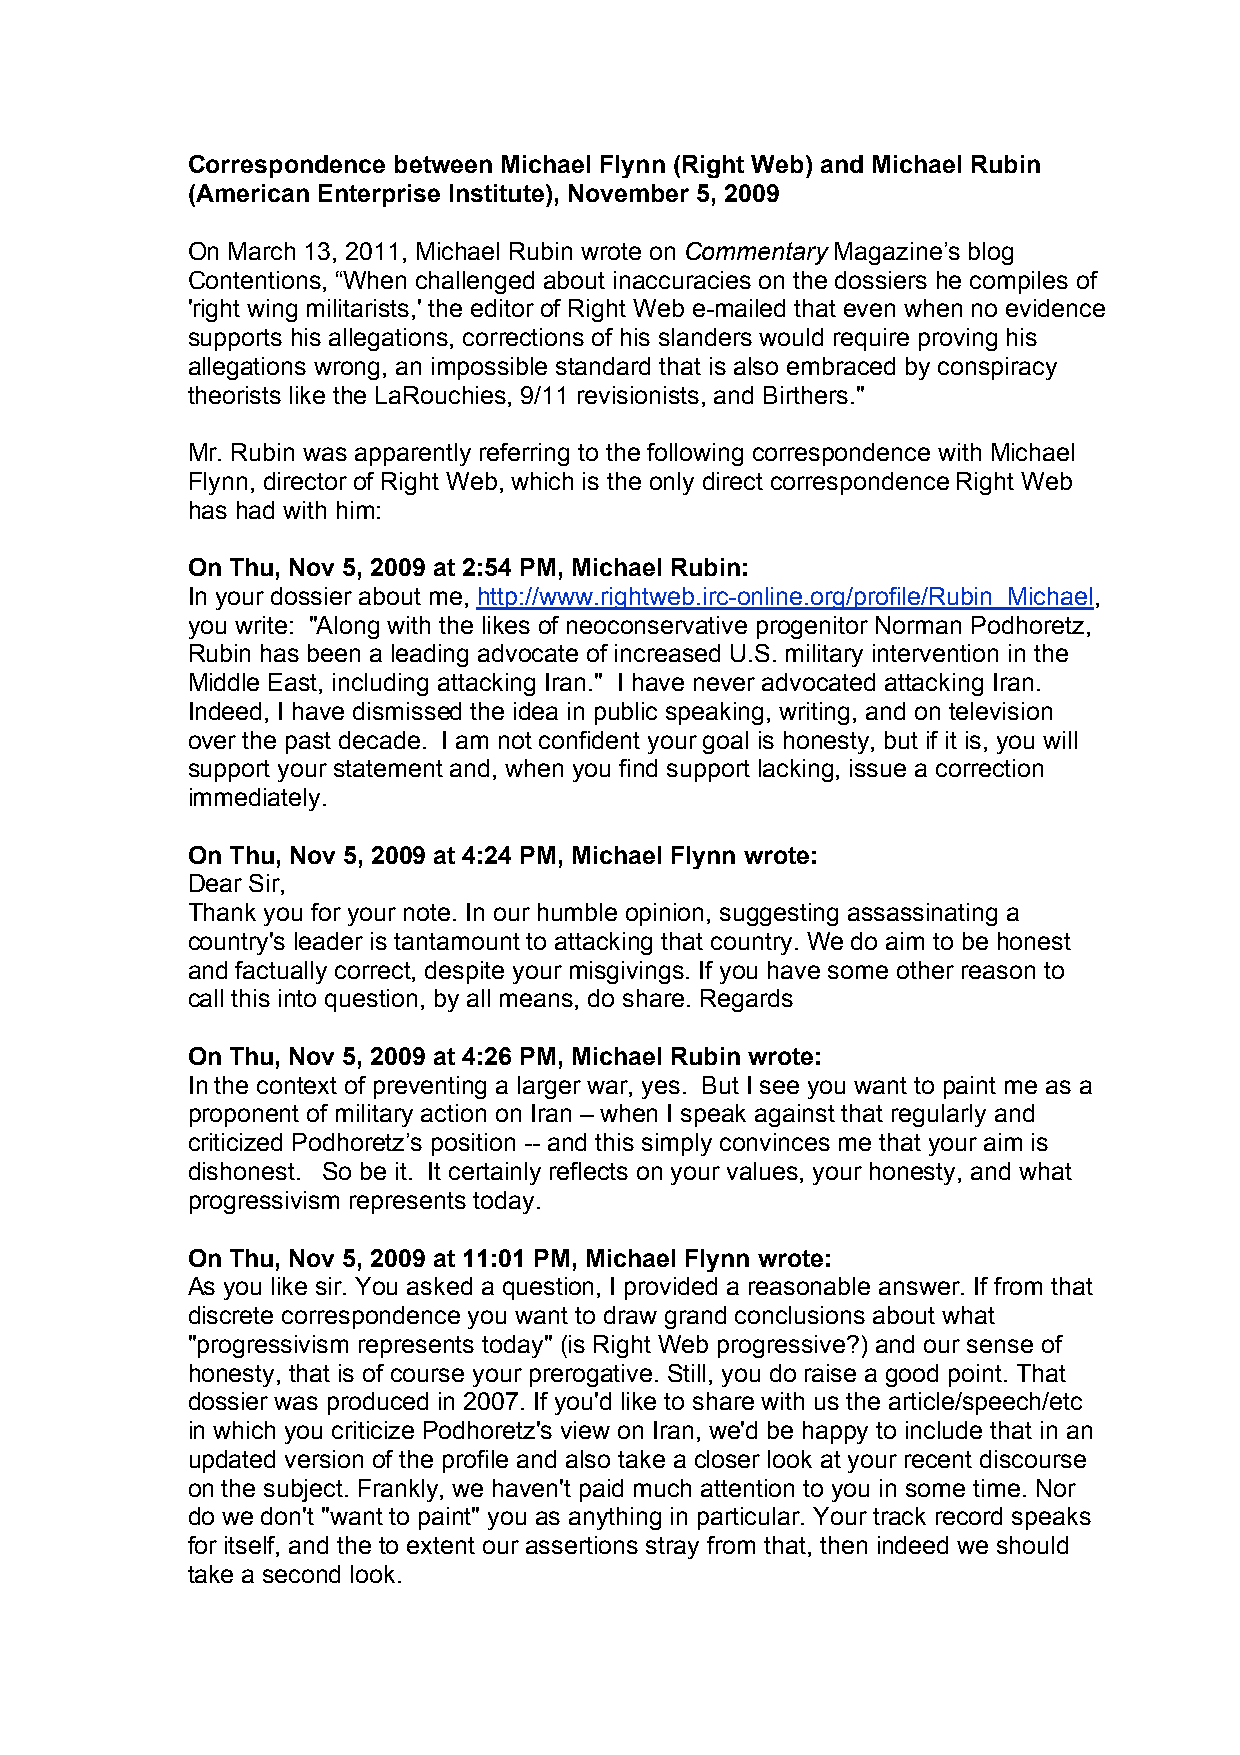
Correspondence between Michael Flynn (Right Web) and Michael Rubin
 (American Enterprise Institute), November 5, 2009
 On March 13, 2011, Michael Rubin wrote on Commentary Magazine’s blog
 Contentions, “When challenged about inaccuracies on the dossiers he compiles of
 'right wing militarists,' the editor of Right Web e-mailed that even when no evidence
 supports his allegations, corrections of his slanders would require proving his
 allegations wrong, an impossible standard that is also embraced by conspiracy
 theorists like the LaRouchies, 9/11 revisionists, and Birthers."
 Mr. Rubin was apparently referring to the following correspondence with Michael
 Flynn, director of Right Web, which is the only direct correspondence Right Web
 has had with him:
 On Thu, Nov 5, 2009 at 2:54 PM, Michael Rubin:
 In your dossier about me, http://www.rightweb.irc-online.org/profile/Rubin_Michael,
 you write: "Along with the likes of neoconservative progenitor Norman Podhoretz,
 Rubin has been a leading advocate of increased U.S. military intervention in the
 Middle East, including attacking Iran." I have never advocated attacking Iran.
 Indeed, I have dismissed the idea in public speaking, writing, and on television
 over the past decade. I am not confident your goal is honesty, but if it is, you will
 support your statement and, when you find support lacking, issue a correction
 immediately.
 On Thu, Nov 5, 2009 at 4:24 PM, Michael Flynn wrote:
 Dear Sir,
 Thank you for your note. In our humble opinion, suggesting assassinating a
 country's leader is tantamount to attacking that country. We do aim to be honest
 and factually correct, despite your misgivings. If you have some other reason to
 call this into question, by all means, do share. Regards
 On Thu, Nov 5, 2009 at 4:26 PM, Michael Rubin wrote:
 In the context of preventing a larger war, yes. But I see you want to paint me as a
 proponent of military action on Iran – when I speak against that regularly and
 criticized Podhoretz’s position -- and this simply convinces me that your aim is
 dishonest. So be it. It certainly reflects on your values, your honesty, and what
 progressivism represents today.
 On Thu, Nov 5, 2009 at 11:01 PM, Michael Flynn wrote:
 As you like sir. You asked a question, I provided a reasonable answer. If from that
 discrete correspondence you want to draw grand conclusions about what
 "progressivism represents today" (is Right Web progressive?) and our sense of
 honesty, that is of course your prerogative. Still, you do raise a good point. That
 dossier was produced in 2007. If you'd like to share with us the article/speech/etc
 in which you criticize Podhoretz's view on Iran, we'd be happy to include that in an
 updated version of the profile and also take a closer look at your recent discourse
 on the subject. Frankly, we haven't paid much attention to you in some time. Nor
 do we don't "want to paint" you as anything in particular. Your track record speaks
 for itself, and the to extent our assertions stray from that, then indeed we should
 take a second look.